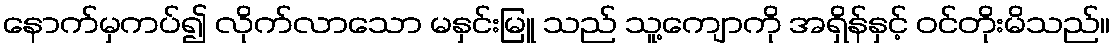
နောက်မှကပ်၍ လိုက်လာသော မနှင်းမြူ သည် သူ့ကျောကို အရှိန်နှင့် ဝင်တိုးမိသည်။